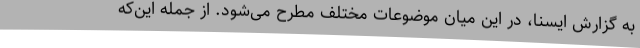
به گزارش ایسنا، در این میان موضوعات مختلف مطرح می‌شود. از جمله این‌که